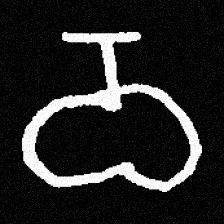
Pyu character \u2014 Myanmar letter: ဝ (romanized: wa)